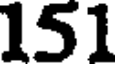
151